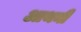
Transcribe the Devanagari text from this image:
आथनी